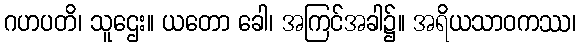
ဂဟပတိ၊ သူဌေး။ ယတော ခေါ၊ အကြင်အခါ၌။ အရိယသာဝကဿ၊